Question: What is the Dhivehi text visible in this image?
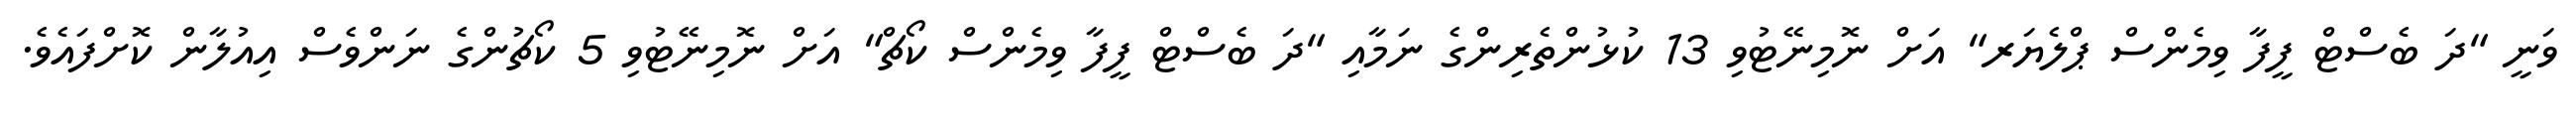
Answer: ވަނީ "ދަ ބެސްޓް ފީފާ ވިމެންސް ޕްލެޔަރ" އަށް ނޮމިނޭޓުވި 13 ކުޅުންތެރިންގެ ނަމާއި "ދަ ބެސްޓް ފީފާ ވިމެންސް ކޯޗް" އަށް ނޮމިނޭޓުވި 5 ކޯޗުންގެ ނަންވެސް އިއުލާން ކޮށްފައެވެ.